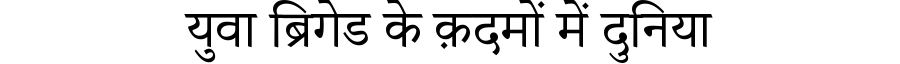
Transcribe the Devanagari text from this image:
युवा ब्रिगेड के क़दमों में दुनिया